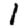
Digit: 1